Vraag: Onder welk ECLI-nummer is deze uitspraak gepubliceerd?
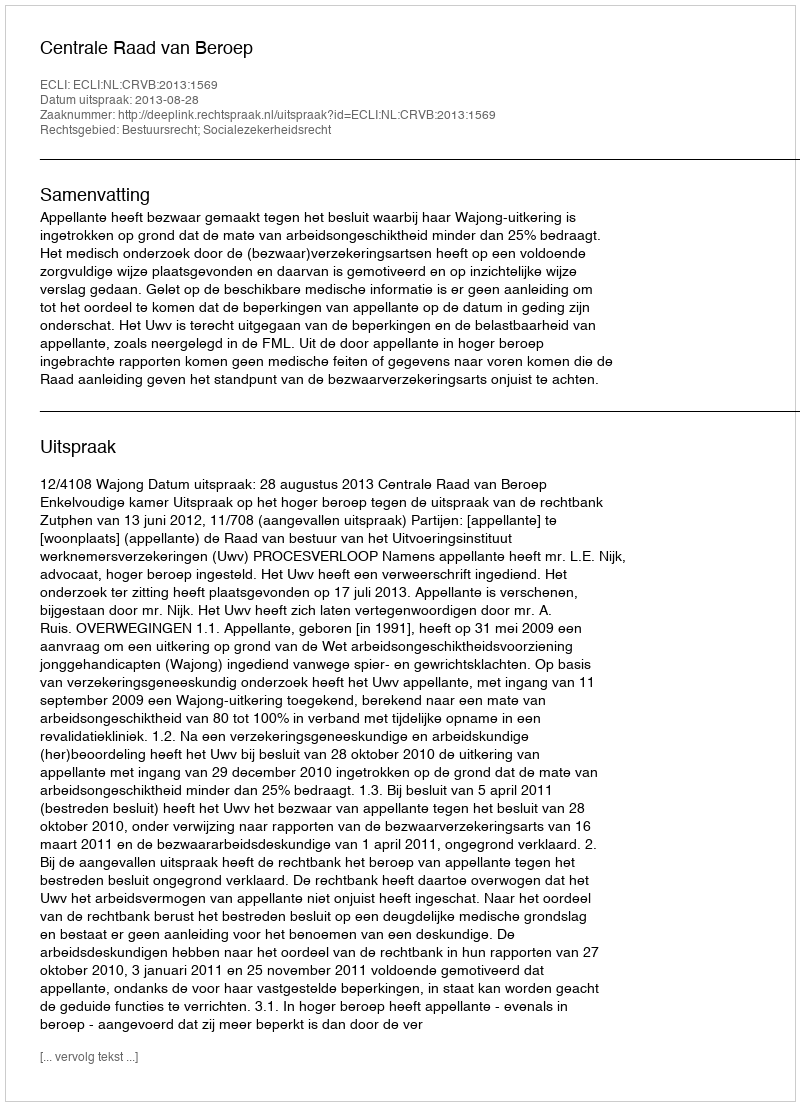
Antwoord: ECLI:NL:CRVB:2013:1569